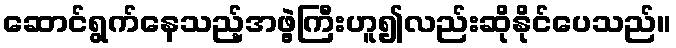
ဆောင်ရွက်နေသည့်အဖွဲ့ကြီးဟူ၍လည်းဆိုနိုင်ပေသည်။